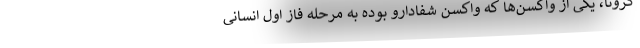
کرونا، یکی از واکسن‌ها که واکسن شفادارو بوده به مرحله فاز اول انسانی